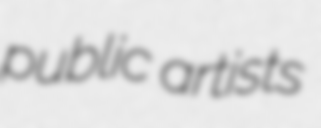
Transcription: public artists